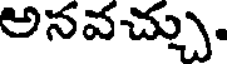
అనవచ్చు.